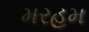
મરહમ